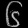
Digit: ၆